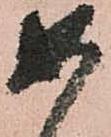
如